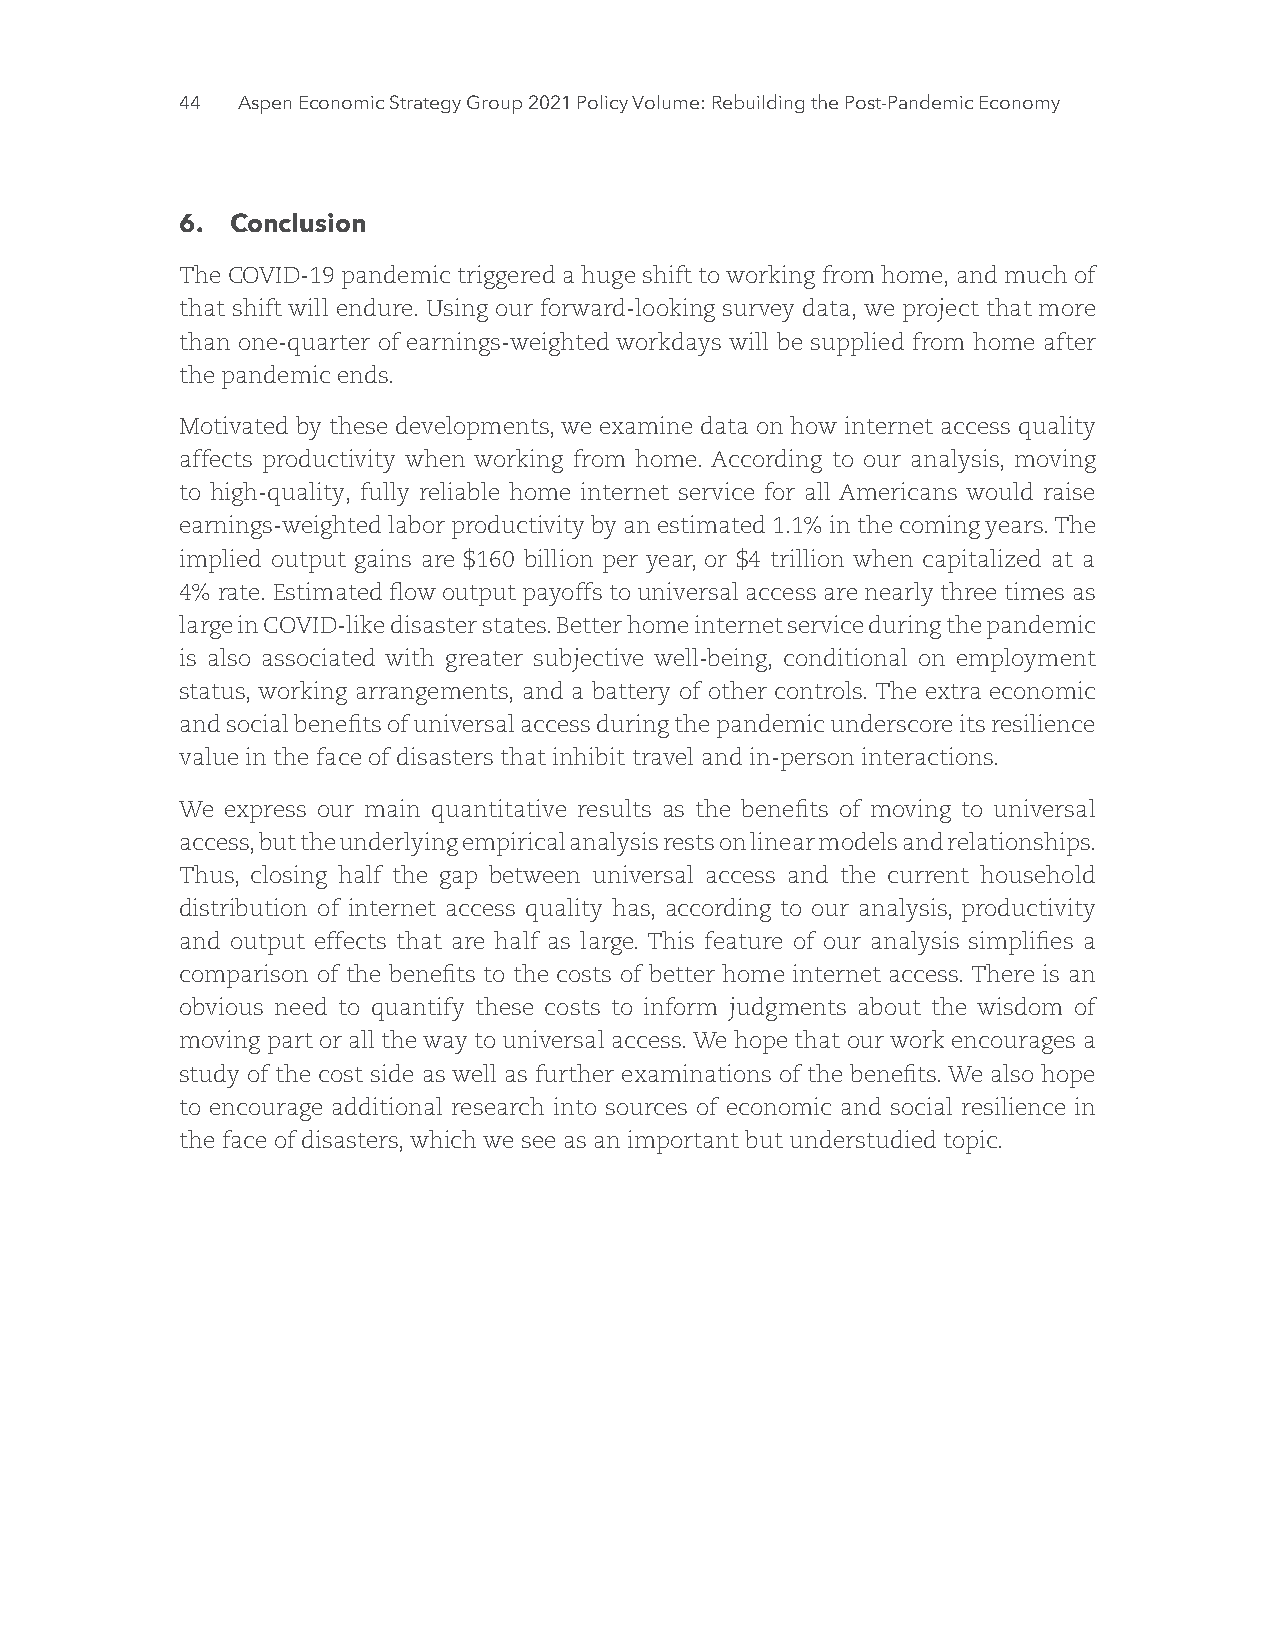
44  Part I: The Post-Pandemic Economic Recovery
 6. Conclusion
 The COVID-19 pandemic triggered a huge shift to working from home, and much of
 that shift will endure. Using our forward-looking survey data, we project that more
 than one-quarter of earnings-weighted workdays will be supplied from home after
 the pandemic ends.
 Motivated by these developments, we examine data on how internet access quality
 affects productivity when working from home. According to our analysis, moving
 to high-quality, fully reliable home internet service for all Americans would raise
 earnings-weighted labor productivity by an estimated 1.1% in the coming years. The
 implied output gains are $160 billion per year, or $4 trillion when capitalized at a
 4% rate. Estimated flow output payoffs to universal access are nearly three times as
 large in COVID-like disaster states. Better home internet service during the pandemic
 is also associated with greater subjective well-being, conditional on employment
 status, working arrangements, and a battery of other controls. The extra economic
 and social benefits of universal access during the pandemic underscore its resilience
 value in the face of disasters that inhibit travel and in-person interactions.
 We express our main quantitative results as the benefits of moving to universal
 access, but the underlying empirical analysis rests on linear models and relationships.
 Thus, closing half the gap between universal access and the current household
 distribution of internet access quality has, according to our analysis, productivity
 and output effects that are half as large. This feature of our analysis simplifies a
 comparison of the benefits to the costs of better home internet access. There is an
 obvious need to quantify these costs to inform judgments about the wisdom of
 moving part or all the way to universal access. We hope that our work encourages a
 study of the cost side as well as further examinations of the benefits. We also hope
 to encourage additional research into sources of economic and social resilience in
 the face of disasters, which we see as an important but understudied topic.